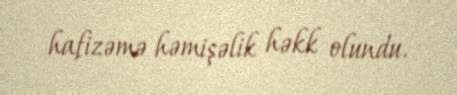
hafizəmə həmişəlik həkk olundu.